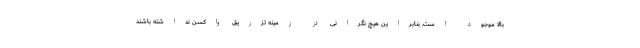
بالا موجود است. بنابراین هیچ نگرانی در زمینه تزریق واکسن نداشته باشند